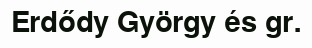
Erdődy György és gr.